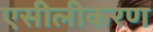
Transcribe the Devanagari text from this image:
एसीलीकरण